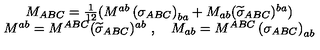
\begin{array} { c } { M _ { A B C } = \frac 1 { 1 2 } ( M ^ { a b } \left( \sigma _ { A B C } \right) _ { b a } + M _ { a b } ( \widetilde { \sigma } _ { A B C } ) ^ { b a } ) } \\ { M ^ { a b } = M ^ { A B C } ( \widetilde { \sigma } _ { A B C } ) ^ { a b } \ , \quad M _ { a b } = M ^ { A B C } \left( \sigma _ { A B C } \right) _ { a b } } \\ \end{array}